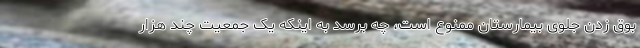
بوق زدن جلوی بیمارستان ممنوع است، چه برسد به اینکه یک جمعیت چند هزار